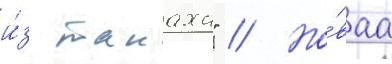
и́з танаха" // Но́ваа